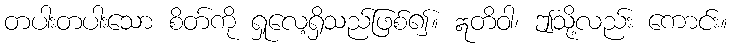
တပါးတပါးသော စိတ်ကို ရှုလေ့ရှိသည်ဖြစ်၍။ ဣတိဝါ၊ ဤသို့လည်း ကောင်း။